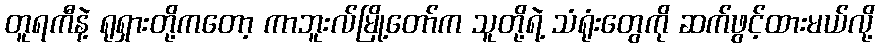
တူရကီနဲ့ ရုရှားတို့ကတော့ ကာဘူးလ်မြို့တော်က သူတို့ရဲ့ သံရုံးတွေကို ဆက်ဖွင့်ထားမယ်လို့